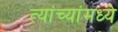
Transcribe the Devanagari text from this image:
त्यांच्यांमध्ये